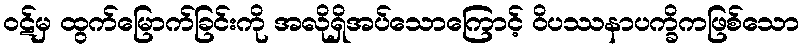
ဝဋ်မှ ထွက်မြောက်ခြင်းကို အလိုရှိအပ်သောကြောင့် ဝိပဿနာပက္ခိကဖြစ်သော